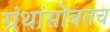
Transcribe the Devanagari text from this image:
ग्रंथांसोबतच